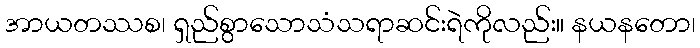
အာယတဿစ၊ ရှည်စွာသောသံသရာဆင်းရဲကိုလည်း။ နယနတော၊